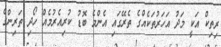
ރިތިކް އަކީ މަދު އަހަރުތަކެއްގެ ތެރޭގައި އެންމެ ބޮޑު ކުރިއެރުމެއް ހޯދި ތަރިންގެ